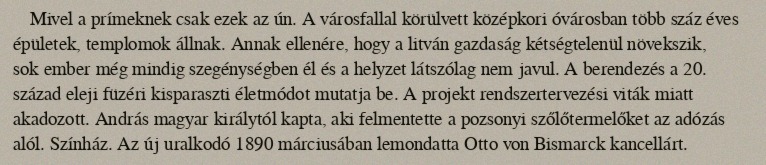
Mivel a prímeknek csak ezek az ún. A városfallal körülvett középkori óvárosban több száz éves épületek, templomok állnak. Annak ellenére, hogy a litván gazdaság kétségtelenül növekszik, sok ember még mindig szegénységben él és a helyzet látszólag nem javul. A berendezés a 20. század eleji füzéri kisparaszti életmódot mutatja be. A projekt rendszertervezési viták miatt akadozott. András magyar királytól kapta, aki felmentette a pozsonyi szőlőtermelőket az adózás alól. Színház. Az új uralkodó 1890 márciusában lemondatta Otto von Bismarck kancellárt.